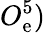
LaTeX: O_{\mathrm{e}}^{5})